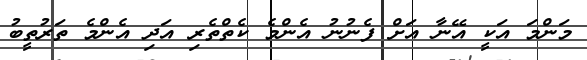
މަންމަ އަކީ އޭނާ އަށް ފެނުނު އެންމެ ކެތްތެރި އަދި އެންމެ ތަރުތީބު